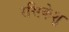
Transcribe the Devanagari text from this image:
रसिकेशु